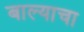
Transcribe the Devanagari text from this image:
बाल्याचा